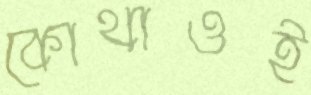
কোথাওই